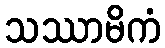
သဿာမိကံ